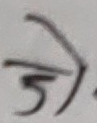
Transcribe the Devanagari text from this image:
जो